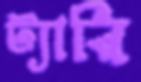
ট্যারি